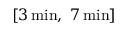
[ 3 \, \mathrm { m i n } , \ 7 \, \mathrm { m i n } ]